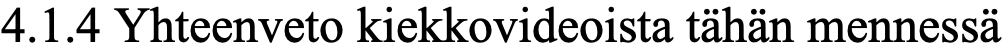
4.1.4 Yhteenveto kiekkovideoista tähän mennessä